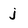
Character: j